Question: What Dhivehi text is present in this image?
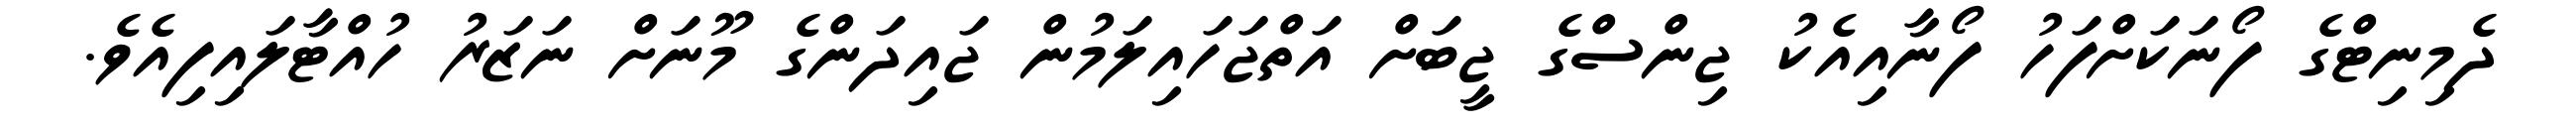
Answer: ދެމިނިޓްގެ ފޯނަކަށްފަހު ފޯނާއިއެކު ޖިންސްގެ ޖީބަށް އަތްޖަހައިލަމުން ޖައިދަންގެ މޫނަށް ނަޒަރު ހުއްޓާލައިފިއެވެ.